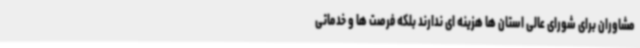
مشاوران برای شورای عالی استان ها هزینه ای ندارند بلکه فرصت ها و خدماتی